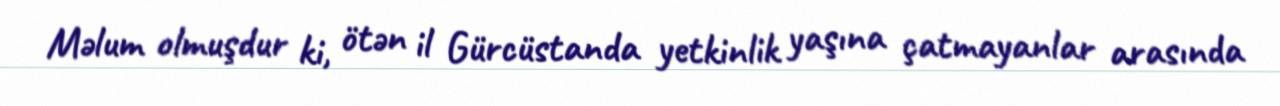
Məlum olmuşdur ki, ötən il Gürcüstanda yetkinlik yaşına çatmayanlar arasında